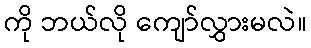
ကို ဘယ်လို ကျော်လွှားမလဲ။